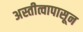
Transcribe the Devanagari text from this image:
अस्तीत्वापासून